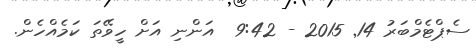
ސެޕްޓެމްބަރު 14